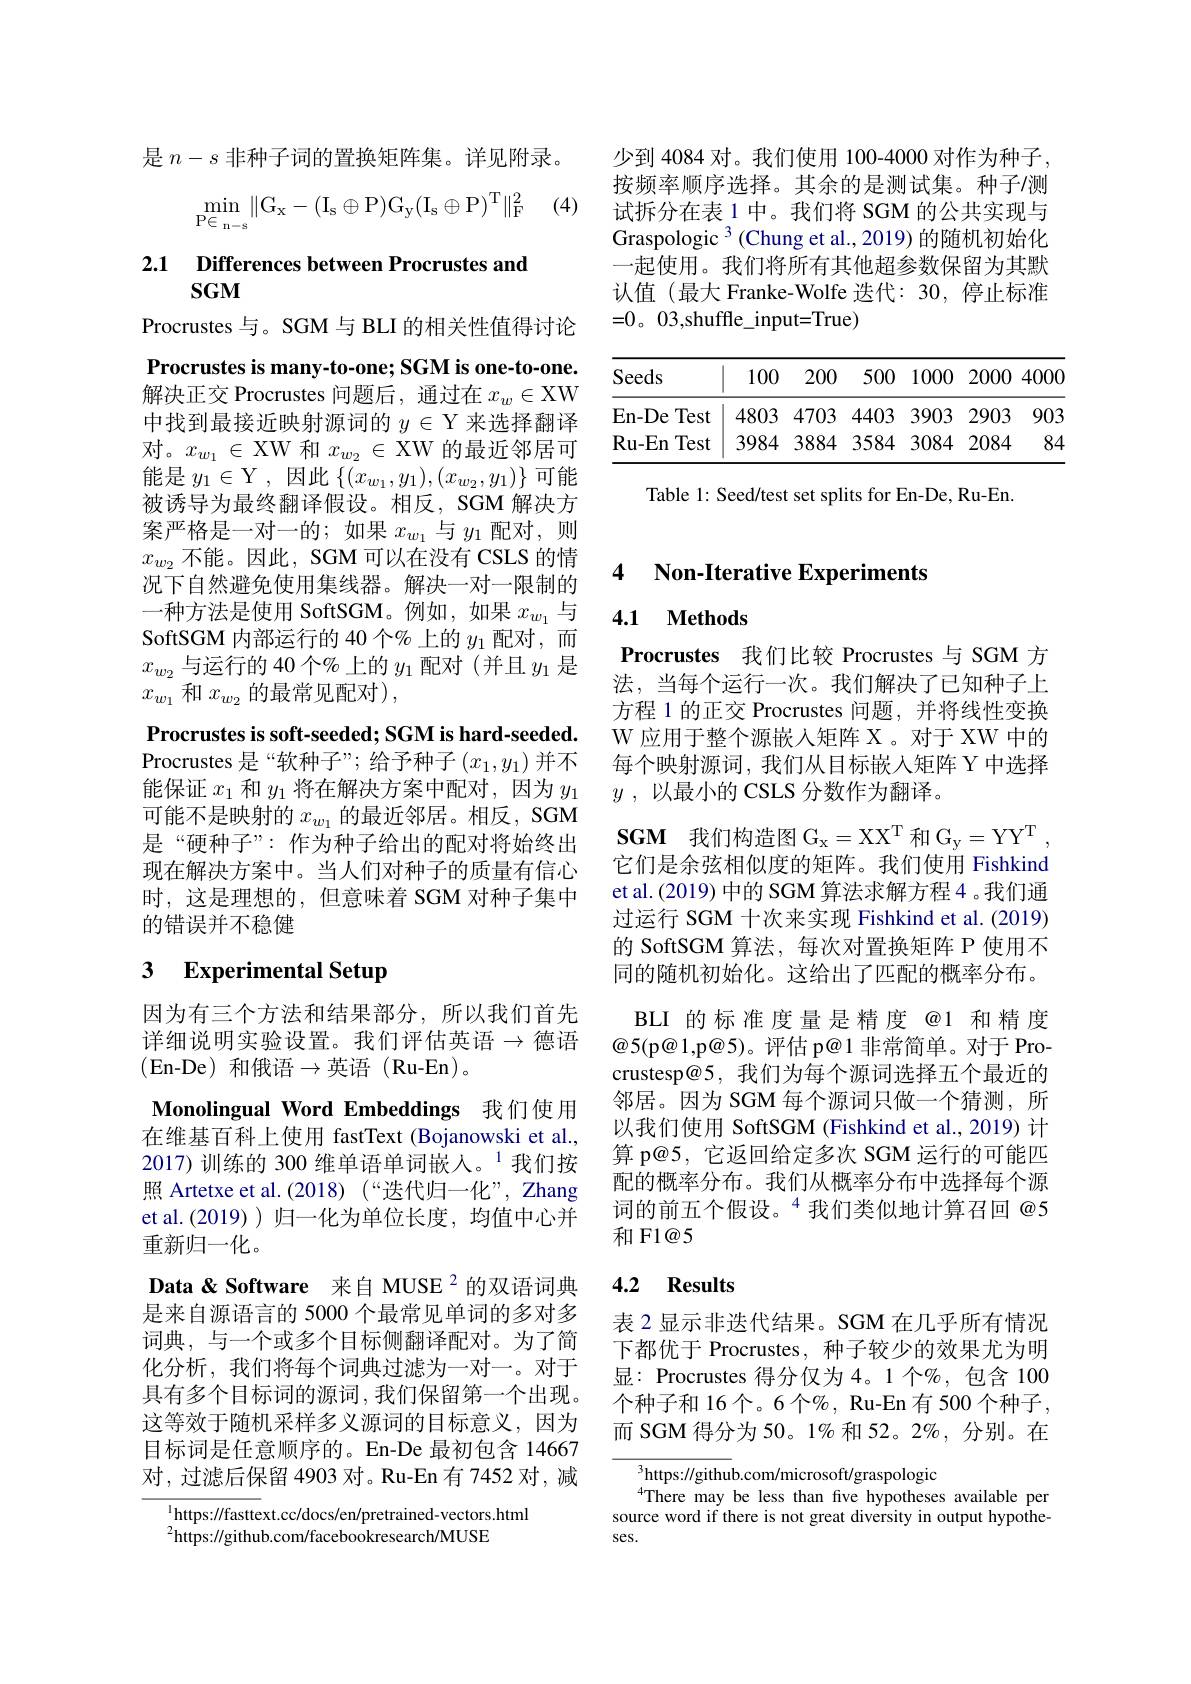
少到 4084 对。我们使用 100-4000 对作为种子， 按频率顺序选择。其余的是测试集。种子/测试拆分在表 1 中。我们将 SGM 的公共实现与Graspologic $^3($Chung et al., 2019) 的随机初始化一起使用。我们将所有其他超参数保留为其默认值(最大 Franke-Wolfe 迭代：30,停止标准=0。03,shuffle\_input=True)

<table>
	<tbody>
		<tr>
			<th>Seeds</th>
			<th>100</th>
			<th>200</th>
			<th>500</th>
			<th>1000</th>
			<th>2000</th>
			<th>4000</th>
		</tr>
		<tr>
			<td>En- De Test</td>
			<td>4803</td>
			<td>4703</td>
			<td>4403</td>
			<td>3903</td>
			<td>2903</td>
			<td>903</td>
		</tr>
		<tr>
			<td>$\mathbf{Ru-En}$ Test</td>
			<td>3984</td>
			<td>3884</td>
			<td>3584</td>
			<td>3084</td>
			<td>2084</td>
			<td>84</td>
		</tr>
	</tbody>
</table>

Table 1: Seed/test set splits for En-De, Ru-En

是$n-s$非种子词的置换矩阵集。详见附录。

(4)
$$\min\limits_{\mathrm P\in\mathrm n-\mathrm s}\lVert\mathrm G_\mathrm x-(\mathrm I_\mathrm s\oplus\mathrm P)\mathrm G_\mathrm y(\mathrm I_\mathrm s\oplus\mathrm P)^\mathrm T\rVert_\mathrm F^2$$
## 2.1 $\textbf{Differences between Procrustes and}$ $SGM$

Procrustes 与。SGM 与 BLI 的相关性值得讨论Procrustes is many-to-one; SGM is one-to-one. 解决正交 Procrustes 问题后，通过在$x_w\in$XW 中找到最接近映射源词的$y\in\mathcal{Y}$来选择翻译对。$x_w_1\in$ XW 和$x_{w_2}\in$ XW 的最近邻居可能是 $y_1\in$Y,因此$\left\{(x_w_1,y_1),(x_{w_2},y_1)\right\}$可能被诱导为最终翻译假设。相反，SGM 解决方案严格是一对一的；如果$x_{w_1}$与$y_1$配对，则$x_{w_2}$不能。因此，SGM 可以在没有 CSLS 的情况下自然避免使用集线器。解决一对一限制的一种方法是使用 SoftSGM。例如，如果$x_{w_1}$与SoftSGM 内部运行的 40 个% 上的$y_1$配对，而$x_{w_2}$与运行的 40个%上的$y_1$配对(并且$y_1$是$x_{w_1}$和$x_w_2$的最常见配对),
Procrustes is soft-seeded; SGM is hard-seeded. Procrustes 是“软种子”; 给予种子($x_1,y_1)$并不能保证$x_1$和$y_1$将在解决方案中配对，因为$y_1$ 可能不是映射的$x_w_1$的最近邻居。相反，SGM 是“硬种子”:作为种子给出的配对将始终出现在解决方案中。当人们对种子的质量有信心时，这是理想的，但意味着 SGM 对种子集中的错误并不稳健

# 3 Experimental Setup

因为有三个方法和结果部分，所以我们首先详细说明实验设置。我们评估英语$\to$德语(En-De)和俄语$\to$英语(Ru-En)。
Monolingual Word Embeddings 我们使用在维基百科上使用 fastText (Bojanowski et al., 2017)训练的 300 维单语单词嵌人。$^{1}$我们按照 Artetxe et al.(2018) (“迭代归一化”, Zhang et al.(2019))归一化为单位长度，均值中心并重新归一化。
Data & Software 来自 MUSE 2 的双语词典是来自源语言的 5000 个最常见单词的多对多词典，与一个或多个目标侧翻译配对。为了简化分析，我们将每个词典过滤为一对一。对于具有多个目标词的源词，我们保留第一个出现。这等效于随机采样多义源词的目标意义，因为目标词是任意顺序的。En-De 最初包含 14667对，过滤后保留 4903 对。Ru-En 有 7452 对，减

$^{1}$https://fasttext.cc/docs/en/pretrained-vectors.html
$^{2}$https://github.com/facebookresearch/MUSE

# 4 Non-Iterative Experiments

### 4.1 $\mathbf{Methods}$

Procrustes 我们比较 Procrustes 与 SGM 方法，当每个运行一次。我们解决了已知种子上方程 1 的正交 Procrustes 问题，并将线性变换W 应用于整个源嵌入矩阵 X。对于 XW 中的每个映射源词，我们从目标嵌入矩阵 Y 中选择$y$ , 以最小的 CSLS 分数作为翻译。
$\mathbf{SGM}$ 我们构造图$G_x$= X$X^T$和$G_y$= Y$Y^T$, 它们是余弦相似度的矩阵。我们使用 Fishkind et al.(2019) 中的 SGM 算法求解方程 4 。我们通过运行 SGM 十次来实现 Fishkind et al. (2019) 的 SoftSGM 算法，每次对置换矩阵 P 使用不同的随机初始化。这给出了匹配的概率分布。
BLI 的标准度量是精度@1 和精度$\textcircled{\mathrm{@}}5($p@1,p@5)。评估 p@1非常简单。对于 Procrustesp@5, 我们为每个源词选择五个最近的邻居。因为 SGM 每个源词只做一个猜测，所以我们使用 SoftSGM (Fishkind et al., 2019) 计算 p@5, 它返回给定多次 SGM 运行的可能四配的概率分布。我们从概率分布中选择每个源词的前五个假设。“我们类似地计算召回@5和 F1@5

# 4.2 Results

表 2 显示非迭代结果。SGM 在几乎所有情况下都优于 Procrustes, 种子较少的效果尤为明显：Procrustes 得分仅为 4。1 个%,包含 100个种子和 16 个。6 个$\%$, Ru-En 有 500 个种子， 而 SGM 得分为 50。1% 和 52。2%, 分别。在

$^3$https://github.com/microsoft/graspologic
$^{4}$There may be less than five hypotheses available per source word if there is not great diversity in output hypotheses.